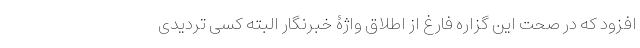
افزود که در صحت این گزاره فارغ از اطلاقِ واژۀ خبرنگار البته کسی تردیدی